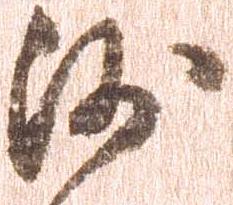
沙